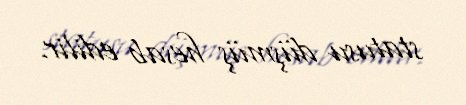
statusu düşmüş hesab edilir.